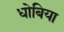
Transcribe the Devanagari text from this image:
धोबिया